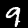
Digit: 9